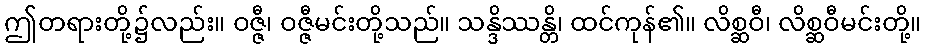
ဤတရားတို့၌လည်း။ ဝဇ္ဇီ၊ ဝဇ္ဇီမင်းတို့သည်။ သန္ဒိဿန္တိ၊ ထင်ကုန်၏။ လိစ္ဆဝီ၊ လိစ္ဆဝီမင်းတို့။